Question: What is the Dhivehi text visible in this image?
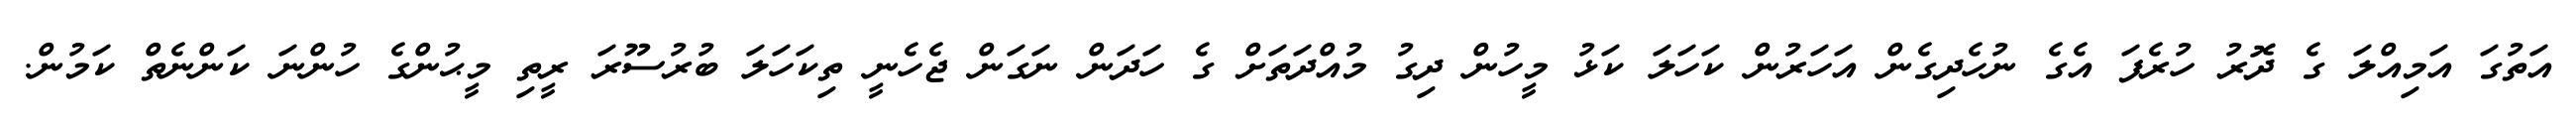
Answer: އަތުގަ އަމިއްލަ ގެ ދޮރު ހުރެފަ އެގެ ނުހެދިގެން އަހަރުން ކަހަލަ ކަޅު މީހުން ދިގު މުއްދަތަށް ގެ ހަދަން ނަގަން ޖެހެނީ ތިކަހަލަ ބުރުސޫރަ ރީތި މީޙުންގެ ހުންނަ ކަންނެތް ކަމުން.